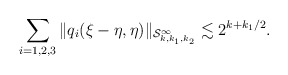
\begin{align*}\sum_{i=1,2,3}\| q_i(\xi-\eta, \eta)\|_{\mathcal{S}^\infty_{k,k_1,k_2}} \lesssim 2^{k+k_1/2}.\end{align*}